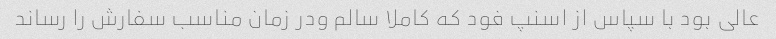
عالی بود با سپاس از اسنپ فود که کاملا سالم ودر زمان مناسب سفارش را رساند